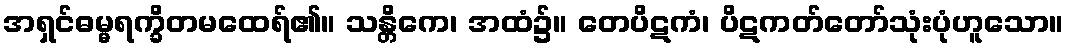
အရှင်ဓမ္မရက္ခိတမထေရ်၏။ သန္တိကေ၊ အထံ၌။ တေပိဋကံ၊ ပိဋကတ်တော်သုံးပုံဟူသော။